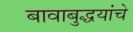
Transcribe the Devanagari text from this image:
बावाबुद्धयांचे